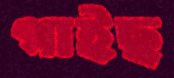
গাইছ